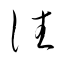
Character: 往